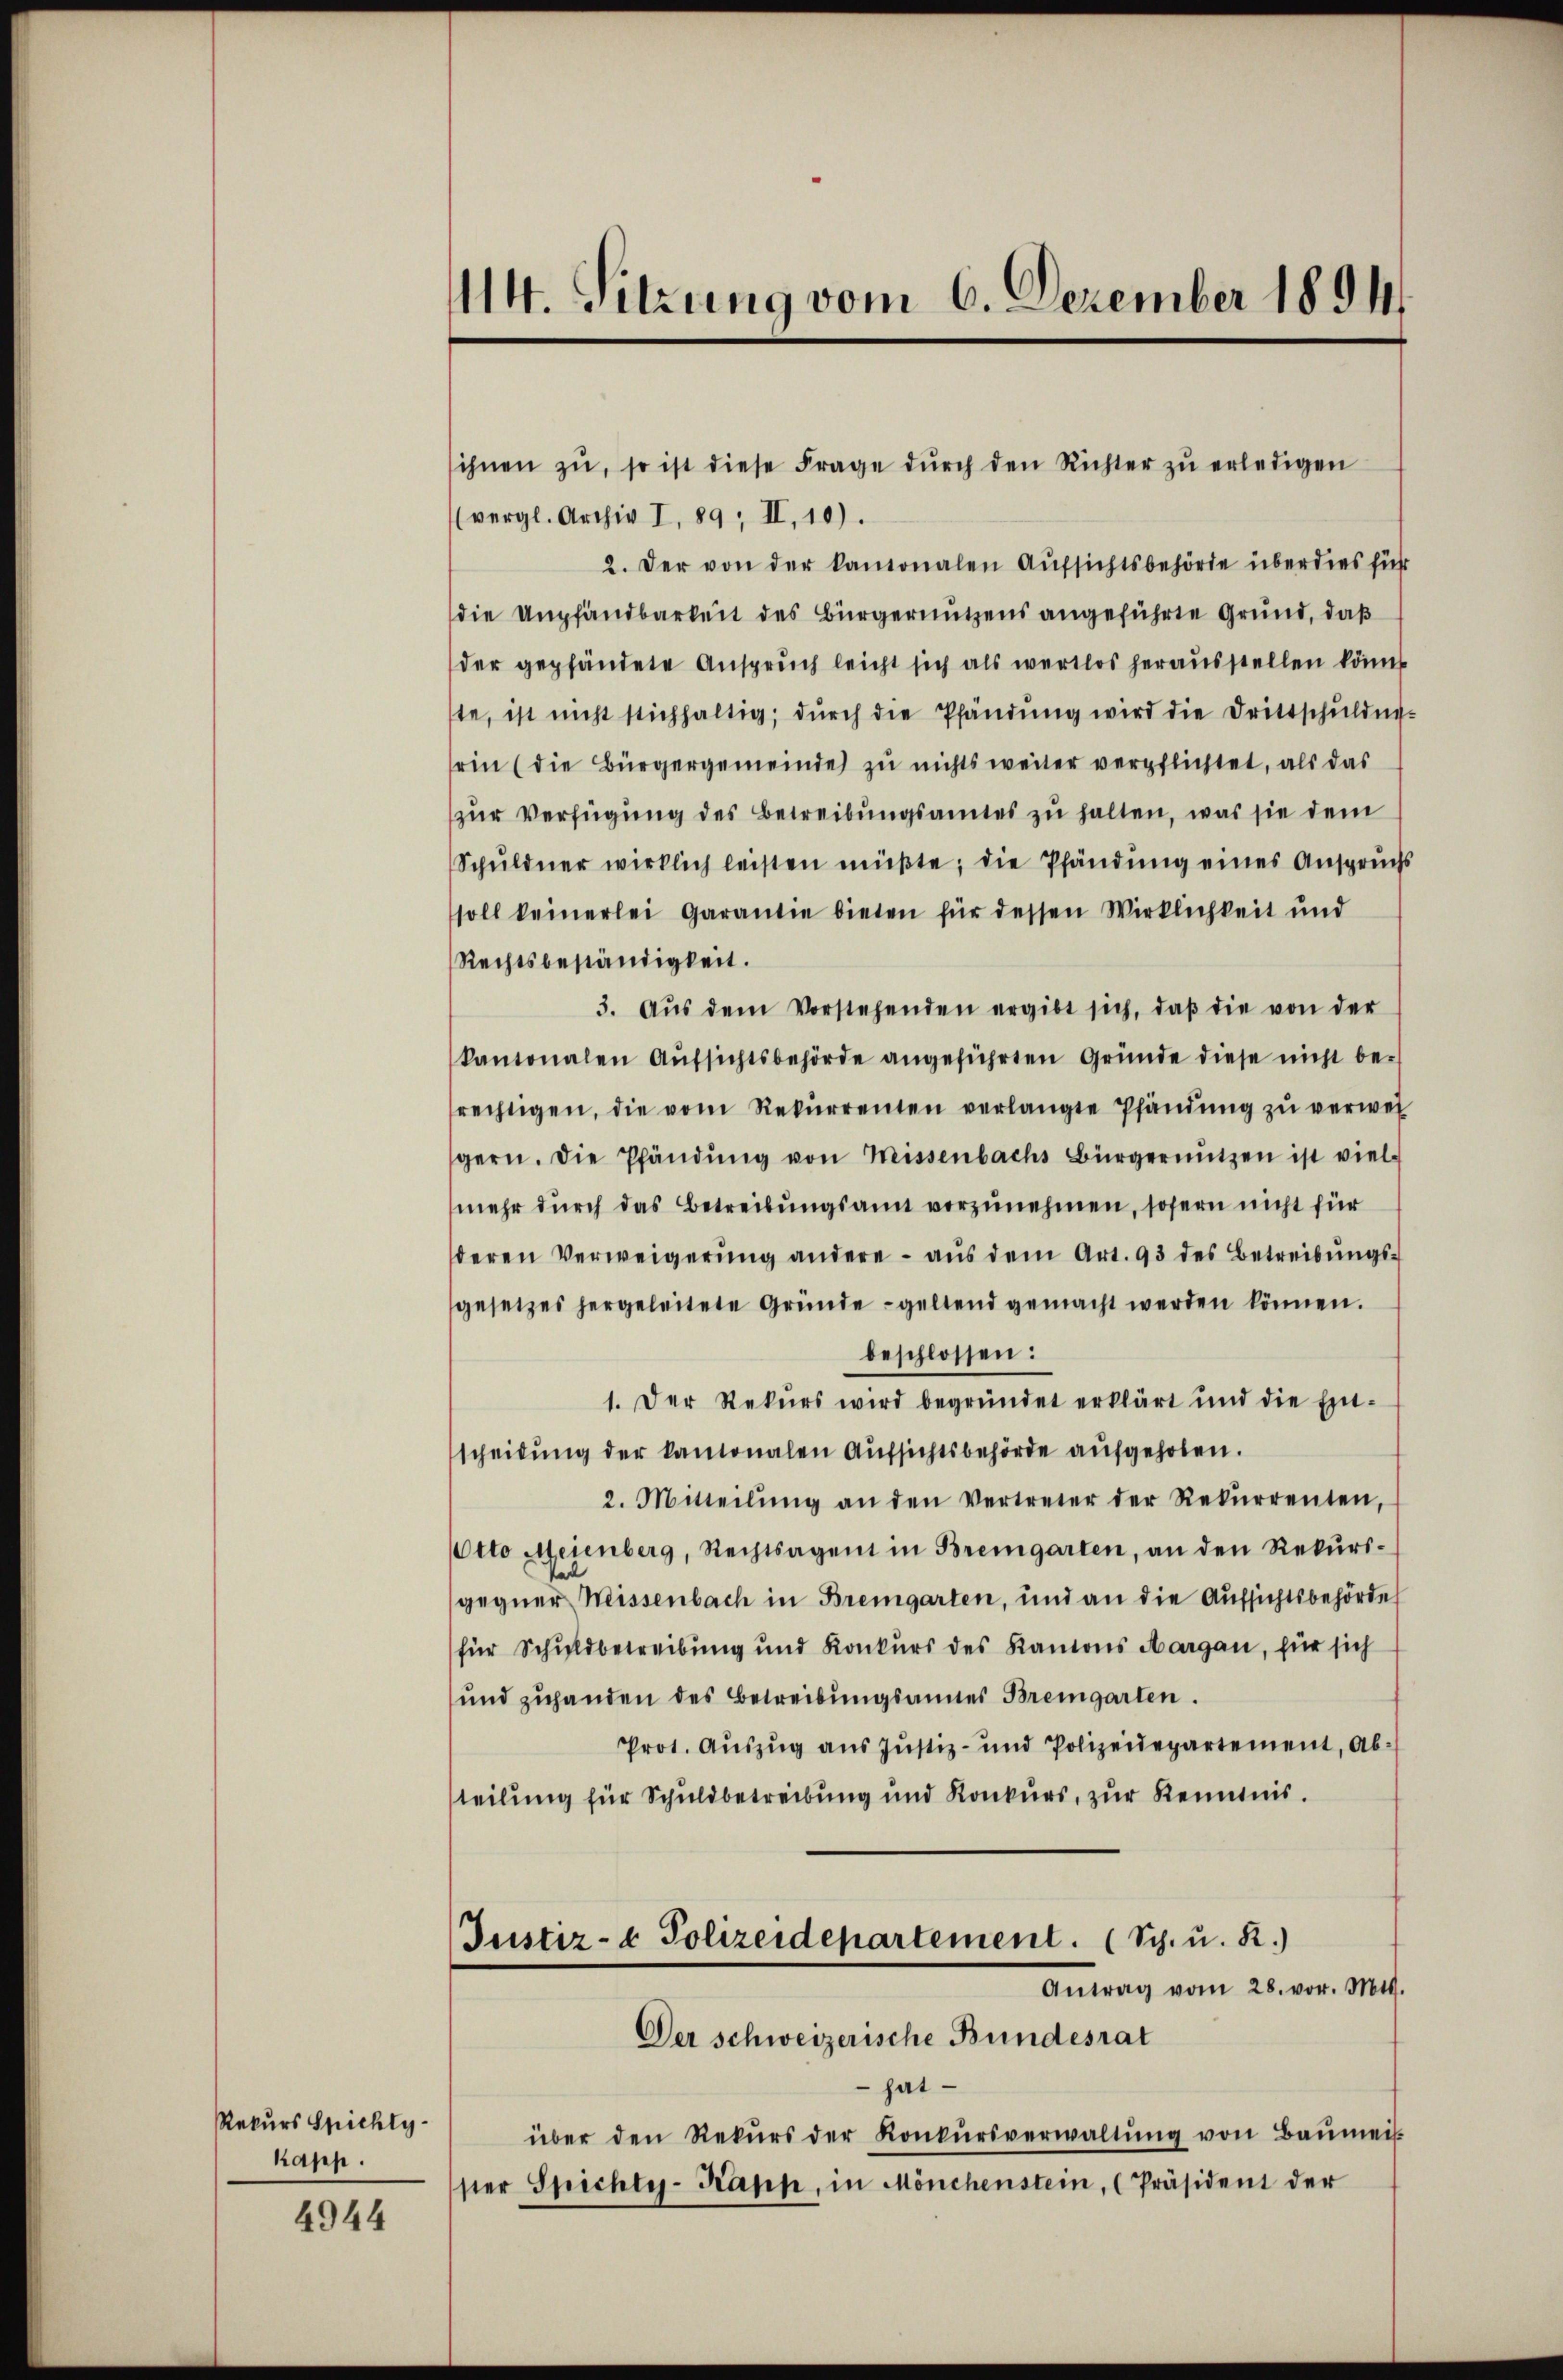
Rekurs Spichly
kapp.

4944

sihnen zŭ, so ist diese Frage dŭrch den Richter zŭ erledigen
(vergl. Archiv I, 89; II, 10).
2. Der von der kantonalen Aŭfsichtsbehörde überdies für
die empfandbarkeit des Bürgernutzens angeführte Grund, daß
der gepfändete Anspruch leicht sich als wertlos herausstellen könnt
te, ist nicht stichhaltig; dŭrch die Pfändŭng wird die Drittschŭldig-
sein (die Bürgergemeinde zu nichts weiter verpflichtet, als das
zur Verfügung des Betreibungsamtes zu halten, was sie dem
Schŭldner wirklich leisten müβte, die Pfändung eines Anspruchs
soll keinerlei Garantie bieten für dessen Wirklichkeit und
Rechtsbeständigkeit.
3. Aŭs dem Vorstehenden ergibt sich, daβ die von der
kantonalen Aŭfsichtsbehörde angeführten Gründe diese nicht be-
rechtigen, die vom Rekŭrrenten verlangte Pfändung zŭ verwei
gern. Die Pfändung von Missenbachs Bürgernutzen ist viel-
mehr durch das Betreibungsamt vorzunehmen, sofern nicht für
deren Verweigerung andere - aus dem Art. 93 des Betreibŭngs-
gesetzes hergeleitete Gründe geltend gemacht werden können.
beschlossen:
1. Der Rekŭrs wird begründet erklärt und die Ein-
scheidung der kantonalen Aufsichtsbehörde aufgehoben.
2. Mitteilŭng an den Vertreter der Rekŭrrenten,
Otto Meienberg, Rechtsagen in Bremgarten, an den Rekŭrsgegner Weissenbach in Bremgarten, und an die Aufsichtsbehörde
für Schuldbetreibung und Konkurs des Kantons Aargau, für sich
und zuhanden des Betreibungsannes Bremgarten.
Prot. Auszug aus Justiz- und Polizeidepartement, Abteilung für Schuldbetreibung und Konkurs, zur Kenntnis.
Justiz- & Polizeidepartement. (Sch. u. R.)
Antrag vom 28. vor. Mts.
Der schweizerische Bundesrat
 hat
über den Rekŭrs der Konkŭrsverwaltŭng von Baŭmeis
ster Spichte-Kappe, in Mönchenstein, (Präsident der

14. Sitzung vom 6. Dezember 18941